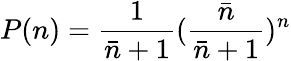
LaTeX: P(n)=\frac{1}{\bar{n}+1}(\frac{\bar{n}}{\bar{n}+1})^{n}